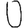
Digit: 0